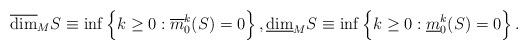
LaTeX: \begin{align*} \overline{\dim}_M S\equiv \inf\Big\{k\geq 0: \overline m^k_0(S)=0\Big\}\, , \underline{\dim}_M S\equiv \inf\Big\{k\geq 0: \underline m^k_0(S)=0\Big\}\, . \end{align*}